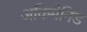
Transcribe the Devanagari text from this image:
अकिमेनिड